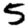
Digit: 5